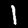
Digit: 1